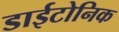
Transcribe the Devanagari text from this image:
डाईटोनिक